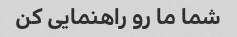
شما ما رو راهنمایی کن